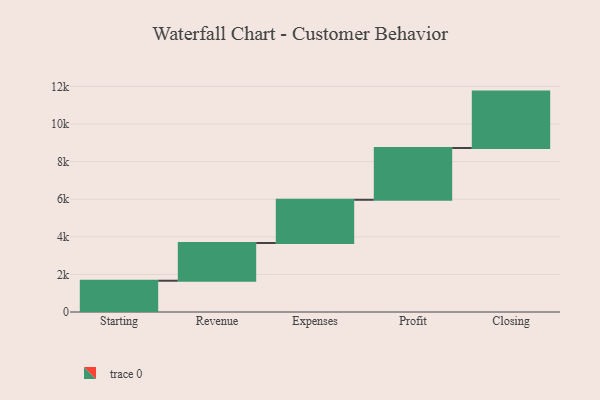
{"axis": {"x": "Step", "y": "Value"}, "legend": [""], "data": [{"x": "Starting", "y": 1664.0, "type": ""}, {"x": "Revenue", "y": 2007.0, "type": ""}, {"x": "Expenses", "y": 2299.0, "type": ""}, {"x": "Profit", "y": 2755.0, "type": ""}, {"x": "Closing", "y": 3000, "type": ""}]}